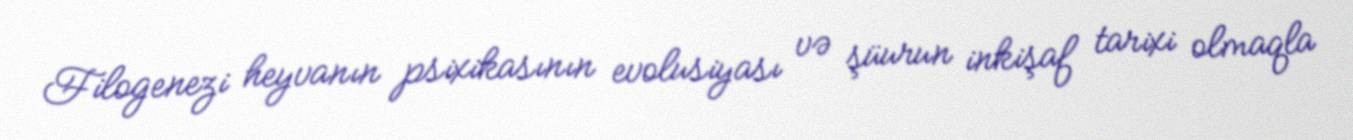
Filogenezi heyvanın psixikasının evolusiyası və şüurun inkişaf tarixi olmaqla